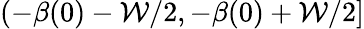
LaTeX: (-\beta(0)-\mathcal{W}/2,-\beta(0)+\mathcal{W}/2]